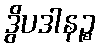
ဒွိပဒါနဉ္စ